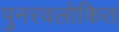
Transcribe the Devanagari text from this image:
पुनरवलोकित